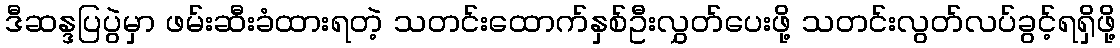
ဒီဆန္ဒပြပွဲမှာ ဖမ်းဆီးခံထားရတဲ့ သတင်းထောက်နှစ်ဦးလွှတ်ပေးဖို့ သတင်းလွတ်လပ်ခွင့်ရရှိဖို့